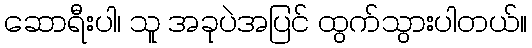
ဆောရီးပါ၊ သူ အခုပဲအပြင် ထွက်သွားပါတယ်။